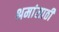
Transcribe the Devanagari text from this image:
श्रमांसाठी